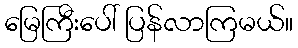
မြေကြီးပေါ် ပြန်လာကြမယ်။